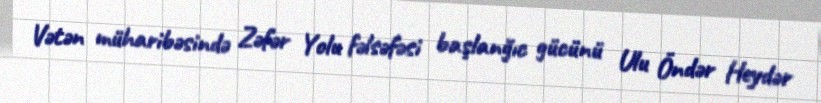
Vətən müharibəsində Zəfər Yolu fəlsəfəsi başlanğıc gücünü Ulu Öndər Heydər